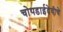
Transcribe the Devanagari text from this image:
चोपडाईदेवीचे